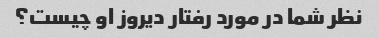
نظر شما در مورد رفتار دیروز او چیست؟